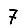
Digit: 7